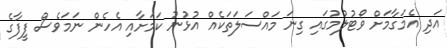
އަދި އެމަގާމަށް ވޯޓުލުމުގައި ގިނަ މައްސަލަތަކެއް އުޅުނު ކަމަށާއި އެހެން ނަމަވެސް ފީފާގެ